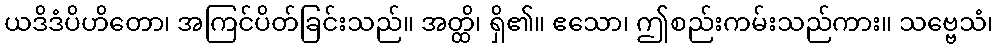
ယဒိဒံပိဟိတော၊ အကြင်ပိတ်ခြင်းသည်။ အတ္ထိ၊ ရှိ၏။ ဧသော၊ ဤစည်းကမ်းသည်ကား။ သဗ္ဗေသံ၊